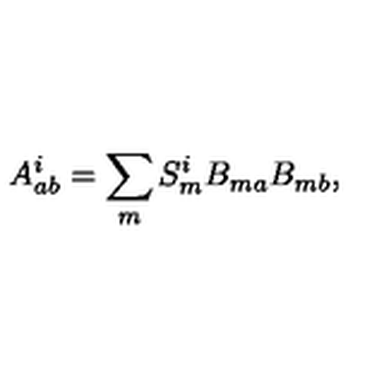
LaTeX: A _ { a b } ^ { i } = \sum _ { m } S _ { m } ^ { i } B _ { m a } B _ { m b } ,